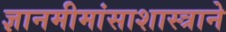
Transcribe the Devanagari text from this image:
ज्ञानमीमांसाशास्त्राने